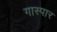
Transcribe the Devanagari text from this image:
गास्पार